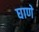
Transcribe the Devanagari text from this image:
घाणे